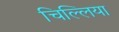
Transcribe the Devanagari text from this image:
चिल्लिया